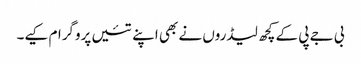
بی جے پی کے کچھ لیڈروں نے بھی اپنے تئیں پروگرام کیے۔